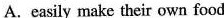
A.easily make their own food